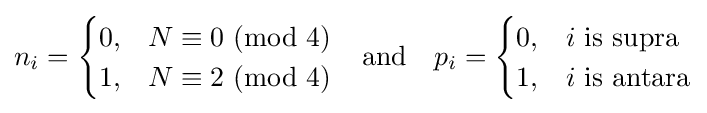
n_{i}={\begin{cases}0,&N\equiv 0\ (\mathrm {mod} \ 4)\\1,&N\equiv 2\ (\mathrm {mod} \ 4)\end{cases}}\quad \mathrm {and} \quad p_{i}={\begin{cases}0,&i{\text{ is supra}}\\1,&i{\text{ is antara}}\end{cases}}